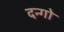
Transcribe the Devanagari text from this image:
दन्गो